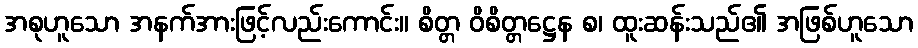
အစုဟူသော အနက်အားဖြင့်လည်းကောင်း။ စိတ္တ ဝိစိတ္တဋ္ဌေန စ၊ ထူးဆန်းသည်၏ အဖြစ်ဟူသော